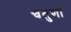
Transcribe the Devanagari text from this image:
चतुर्णां